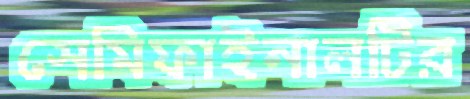
সেমিফাইনালটির